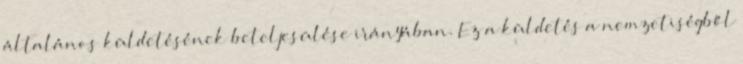
általános küldetésének beteljesülése irányában. Ez a küldetés a nemzetiségből